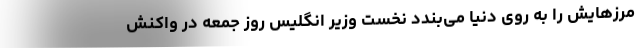
مرزهایش را به روی دنیا می‌بندد نخست وزیر انگلیس روز جمعه در واکنش